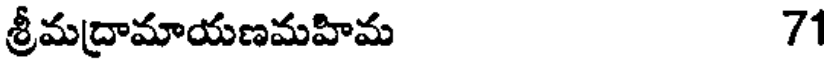
శ్రీమద్రామాయణమహిమ 71